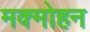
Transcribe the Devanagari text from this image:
मक्मोहन